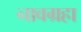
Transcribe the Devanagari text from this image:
नावग्रहा